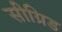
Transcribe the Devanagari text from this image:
सीग्रिड